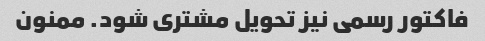
فاکتور رسمی نیز تحویل مشتری شود. ممنون